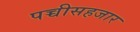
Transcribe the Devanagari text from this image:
पच्चीसहजार